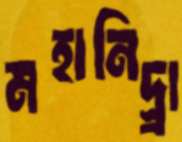
মহানিদ্র্রা